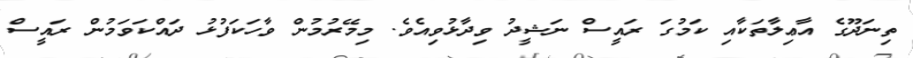
ތިނަދޫގެ އާޢިލާތަކާއި ކަމުގަ ރައީސް ނަޝީދު ވިދާޅުވިއެވެ. މިމޭރުމުން ވާހަކަފުޅު ދައްކަވަމުން ރައީސް